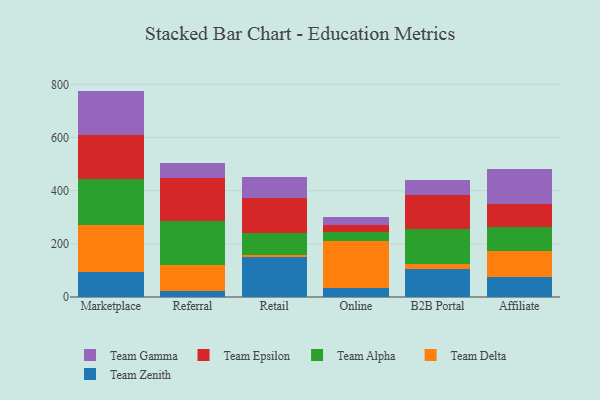
{"axis": {"x": "Channel", "y": "Gross Profit (USD K)"}, "legend": ["Team Alpha", "Team Delta", "Team Epsilon", "Team Gamma", "Team Zenith"], "data": [{"x": "Marketplace", "y": 93.9, "type": "Team Zenith"}, {"x": "Marketplace", "y": 178.7, "type": "Team Delta"}, {"x": "Marketplace", "y": 172.3, "type": "Team Alpha"}, {"x": "Marketplace", "y": 165.4, "type": "Team Epsilon"}, {"x": "Marketplace", "y": 165.1, "type": "Team Gamma"}, {"x": "Referral", "y": 23.2, "type": "Team Zenith"}, {"x": "Referral", "y": 96.2, "type": "Team Delta"}, {"x": "Referral", "y": 166.7, "type": "Team Alpha"}, {"x": "Referral", "y": 159.8, "type": "Team Epsilon"}, {"x": "Referral", "y": 58.8, "type": "Team Gamma"}, {"x": "Retail", "y": 150.9, "type": "Team Zenith"}, {"x": "Retail", "y": 8.4, "type": "Team Delta"}, {"x": "Retail", "y": 82.2, "type": "Team Alpha"}, {"x": "Retail", "y": 130.0, "type": "Team Epsilon"}, {"x": "Retail", "y": 79.0, "type": "Team Gamma"}, {"x": "Online", "y": 33.2, "type": "Team Zenith"}, {"x": "Online", "y": 176.6, "type": "Team Delta"}, {"x": "Online", "y": 34.7, "type": "Team Alpha"}, {"x": "Online", "y": 27.3, "type": "Team Epsilon"}, {"x": "Online", "y": 30.8, "type": "Team Gamma"}, {"x": "B2B Portal", "y": 103.5, "type": "Team Zenith"}, {"x": "B2B Portal", "y": 20.6, "type": "Team Delta"}, {"x": "B2B Portal", "y": 132.9, "type": "Team Alpha"}, {"x": "B2B Portal", "y": 128.1, "type": "Team Epsilon"}, {"x": "B2B Portal", "y": 53.5, "type": "Team Gamma"}, {"x": "Affiliate", "y": 76.5, "type": "Team Zenith"}, {"x": "Affiliate", "y": 96.0, "type": "Team Delta"}, {"x": "Affiliate", "y": 89.9, "type": "Team Alpha"}, {"x": "Affiliate", "y": 86.5, "type": "Team Epsilon"}, {"x": "Affiliate", "y": 132.3, "type": "Team Gamma"}]}